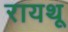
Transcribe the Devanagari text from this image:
रायथू